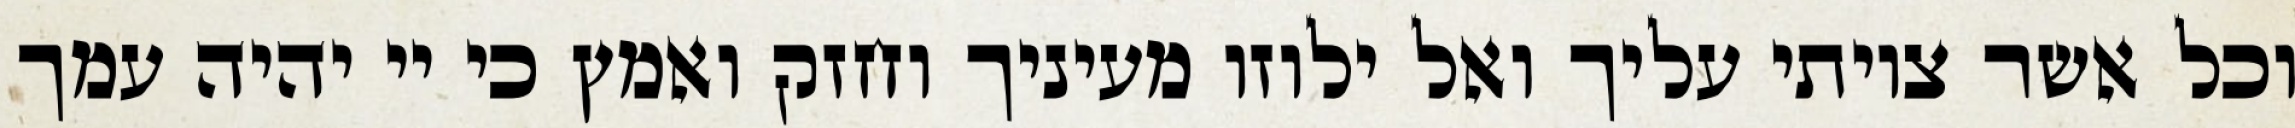
וכל אשר צויתי עליך ואל ילוזו מעיניך וחזק ואמץ כי יי יהיה עמך